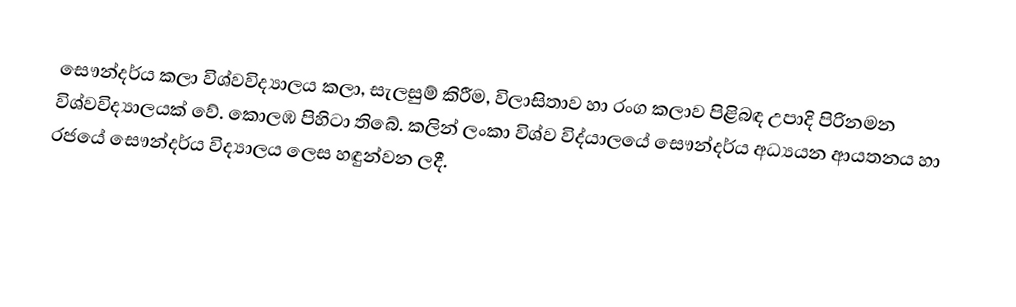
සෞන්දර්ය කලා විශ්වවිද්‍යාලය කලා, සැලසුම් කිරීම, විලාසිතාව හා රංග කලාව පිළිබඳ උපාදි පිරිනමන විශ්වවිද්‍යාලයක් වේ. කොලඹ පිහිටා තිබේ. කලින් ලංකා විශ්ව විද්යාලයේ සෞන්දර්ය අධ්‍යයන ආයතනය හා රජයේ සෞන්දර්ය විද්‍යාලය ලෙස හඳුන්වන ලදී.